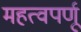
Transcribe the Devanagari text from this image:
महत्वपर्णू